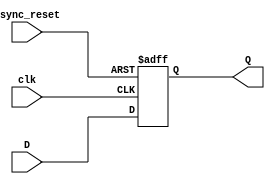
module DFlipFlop(D,clk,async_reset,Q);
    //flip flop inputs
    input D;
    input clk;
    input async_reset;
    //flip flop output(just Q)
    output reg Q;
    //describe flipflop behaviour!
    always @(posedge clk or posedge async_reset) 
    begin
        if(async_reset==1'b1)
            Q <= 1'b0; 
        else 
            Q <= D; 
    end 
endmodule